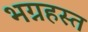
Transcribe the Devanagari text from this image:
भग्नहस्त